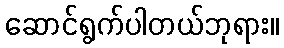
ဆောင်ရွက်ပါတယ်ဘုရား။